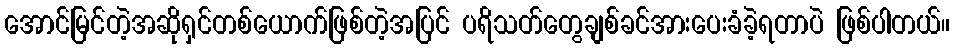
အောင်မြင်တဲ့အဆိုရှင်တစ်ယောက်ဖြစ်တဲ့အပြင် ပရိသတ်တွေချစ်ခင်အားပေးခံခဲ့ရတာပဲ ဖြစ်ပါတယ်။